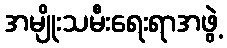
အမျိုးသမီးရေးရာအဖွဲ့